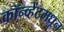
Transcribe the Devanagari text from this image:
कॉन्व्हेंटमधून